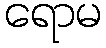
ရောမ